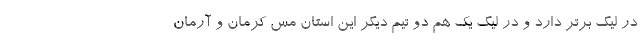
در لیگ برتر دارد و در لیگ یک هم دو تیم دیگر این استان مس کرمان و آرمان